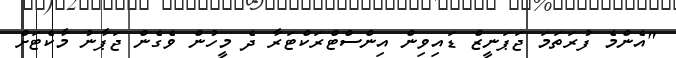
"އެންމެ ފުރަތަމަ ޖަޕަނީޒް ޑައިވިން އިންސްޓްރަކްޓަރާ ދެ މީހުން ވެގެން ޖަޕާނު މާކެޓަށް